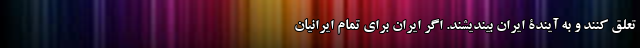
تعلق کنند و به آیندۀ ایران بیندیشند. اگر ایران برای تمام ایرانیان